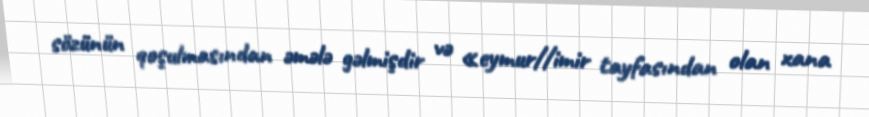
sözünün qoşulmasından əmələ gəlmişdir və «eymur//imir tayfasından olan xana